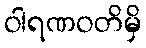
ဝါရဏဝတိမှိ